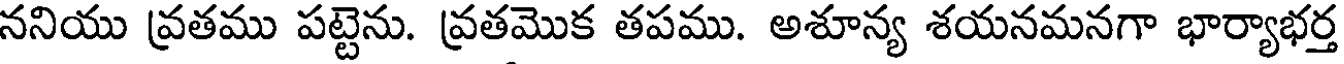
ననియు వ్రతము పట్టెను. వ్రతమొక తపము. అశూన్య శయనమనగా భార్యాభర్త